Voisiku_vallavalitsus, lk 294
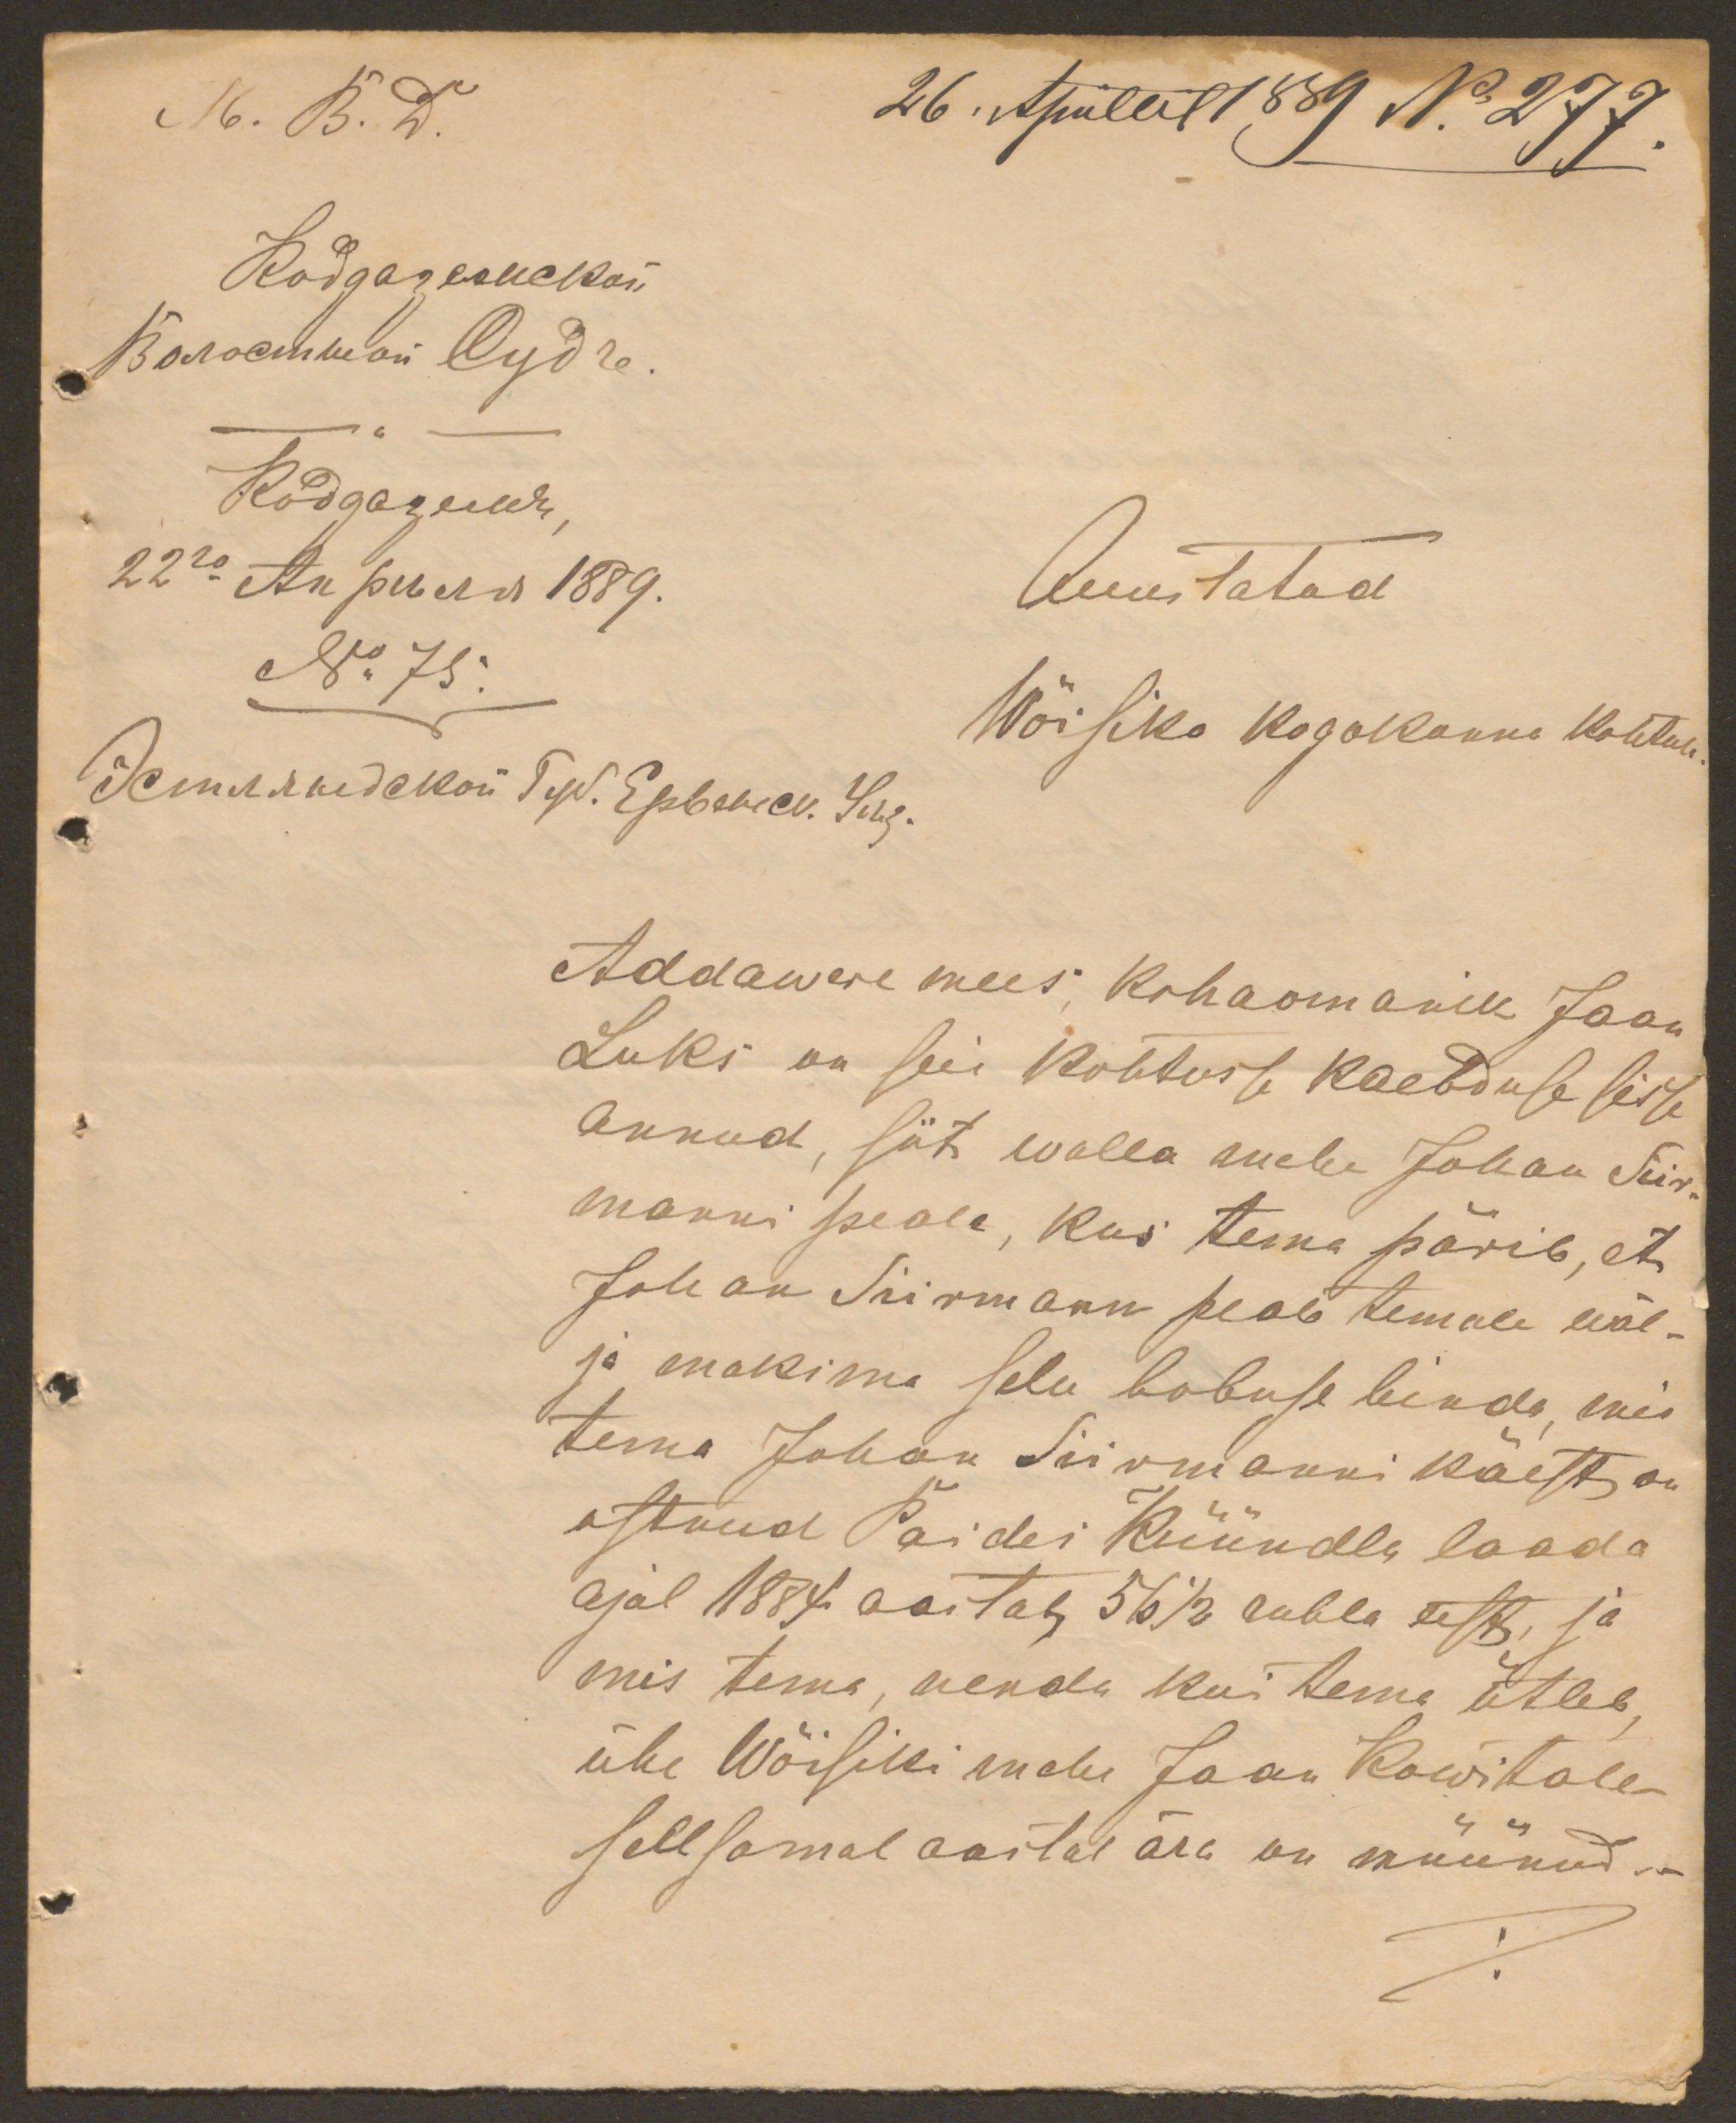
M. B. D.
26. Aprillil 1889 No 277.
Auustatud
No 75.
Wõisiko kogokonna kohtule
Addawere mees, Kohaomanik Jaan
Luks on seie kohtusse kaebduse sisse
annud, siit walla mehe Johan Siir-
manni peale, kus tema pärib, et
Johan Siirmann peab temale wäl-
ja maksma selle hobuse hinda, mis
tema Johan Siirmanni käest on
ostnud Paides Küündla laada
ajal 1884 aastal 56 1/2 rubla eest ja
mis tema, nenda kui tema ütleb,
ühe Wõisiki mehe Jaan Kowitale
sellsamal aastal ära on müünud...